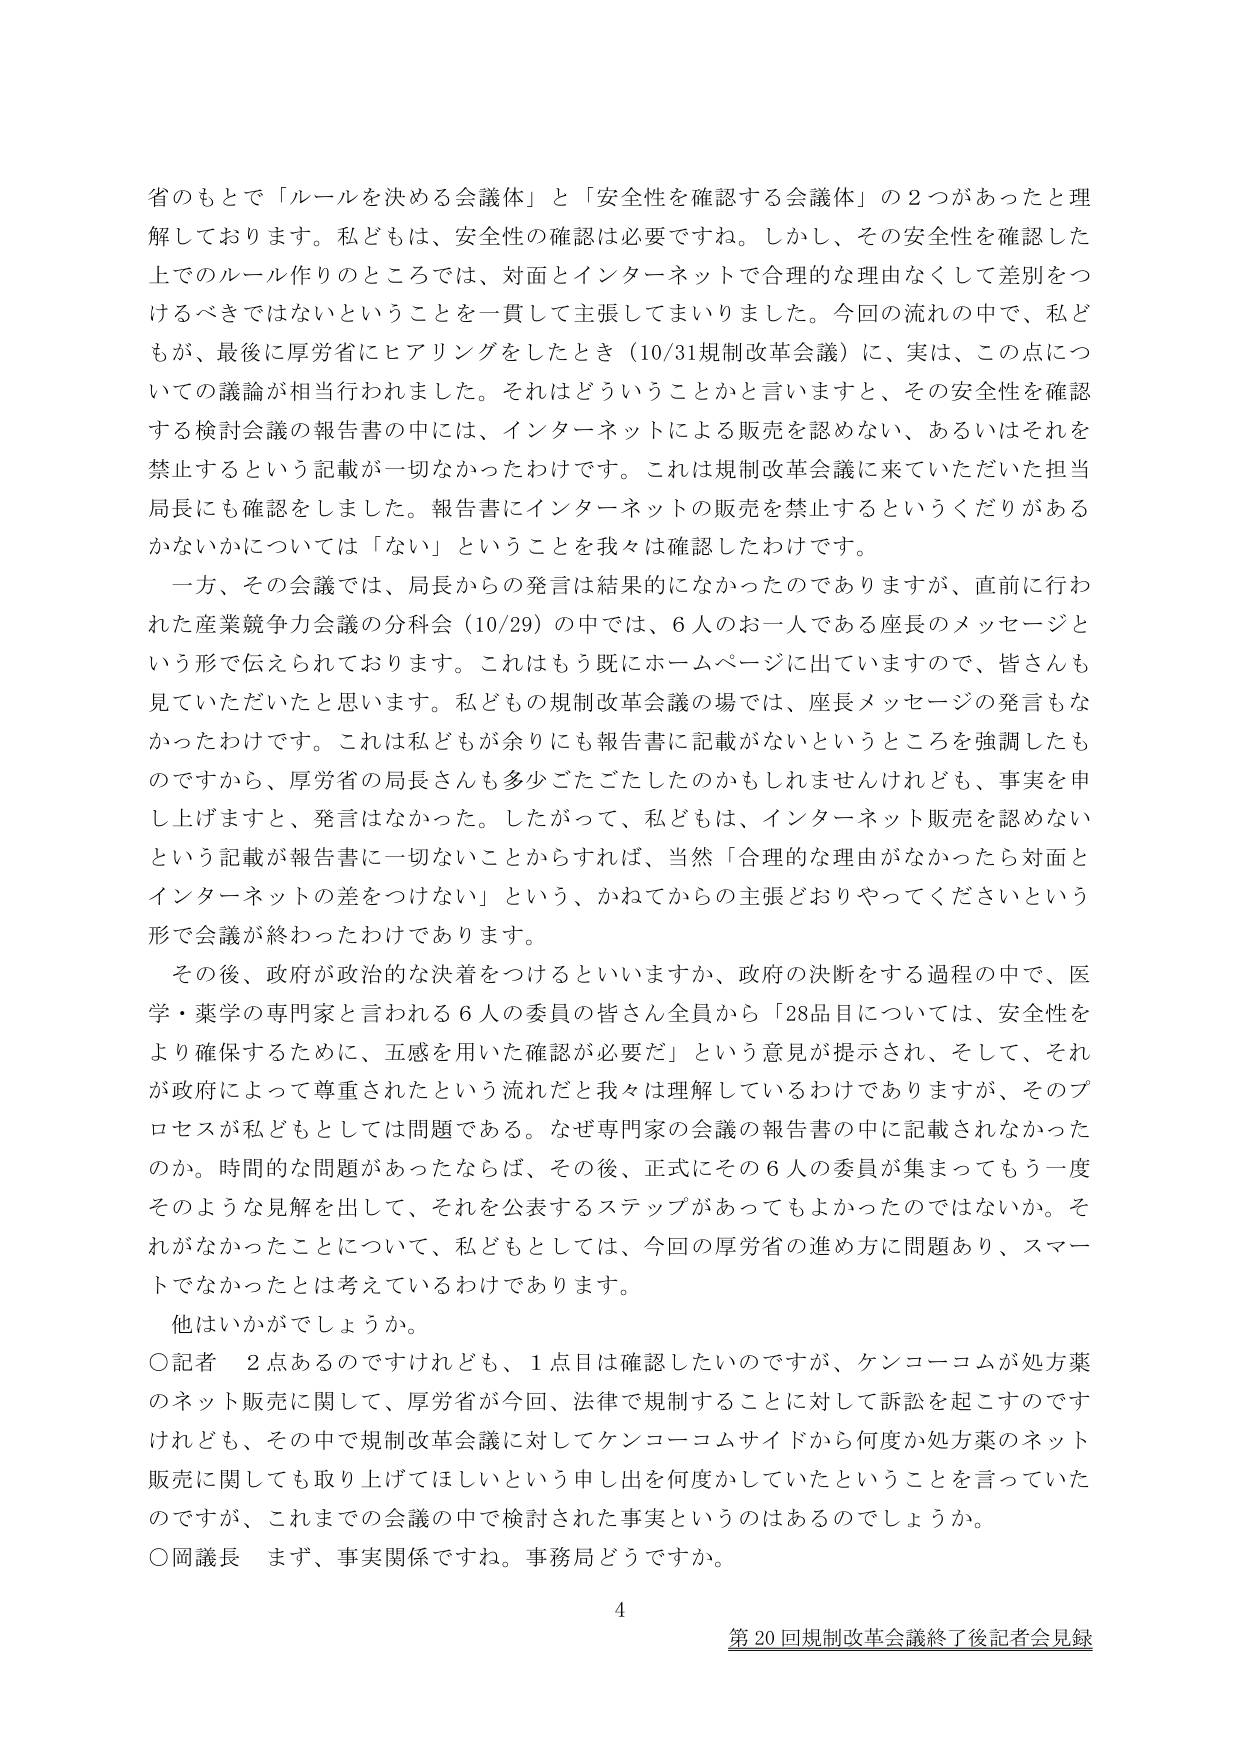
省のもとで「ルールを決める会議体」と「安全性を確認する会議体」の２つがあったと理解しております。私どもは、安全性の確認は必要ですね。しかし、その安全性を確認した上でのルール作りのところでは、対面とインターネットで合理的な理由なくして差別をつけるべきではないということを一貫して主張してまいりました。今回の流れの中で、私どもが、最後に厚労省にヒアリングをしたとき（10/31規制改革会議）に、実は、この点についての議論が相当行われました。それはどういうことかと言いますと、その安全性を確認する検討会議の報告書の中には、インターネットによる販売を認めない、あるいはそれを禁止するという記載が一切なかったわけです。これは規制改革会議に来ていただいた担当局長にも確認をしました。報告書にインターネットの販売を禁止するというくだりがあるかないかについては「ない」ということを我々は確認したわけです。

一方、その会議では、局長からの発言は結果的になかったのでありますが、直前に行われた産業競争力会議の分科会（10/29）の中では、６人のお一人である座長のメッセージという形で伝えられております。これはもう既にホームページに出ていますので、皆さんも見ていただいたと思います。私どもの規制改革会議の場では、座長メッセージの発言もなかったわけです。これは私どもが余りにも報告書に記載がないというところを強調したものですから、厚労省の局長さんも多少ごたごたしたのかもしれませんが、事実を申し上げますと、発言はなかった。したがって、私どもは、インターネット販売を認めないという記載が報告書に一切ないことからすれば、当然「合理的な理由がなかったら対面とインターネットの差をつけない」という、かねてからの主張どおりやってくださいという形で会議が終わったわけであります。

その後、政府が政治的な決着をつけるといいますか、政府の決断をする過程の中で、医学・薬学の専門家と言われる６人の委員の皆さん全員から「28品目については、安全性をより確保するために、五感を用いた確認が必要だ」という意見が提示され、そして、それが政府によって尊重されたという流れだと我々は理解しているわけではありますが、そのプロセスが私どもとしては問題である。なぜ専門家の会議の報告書の中に記載されなかったのか。時間的な問題があったならば、その後、正式にその６人の委員が集まってもう一度そのような見解を出して、それを公表するステップがあってもよかったのではないか。それがなかったことについて、私どもとしては、今回の厚労省の進め方に問題あり、スマートでなかったとは考えているわけです。

他はいかがでしょうか。

〇記者　２点あるのですけれども、１点目は確認したいのですが、ケンコーユムが処方薬のネット販売に関して、厚労省が今回、法律で規制することに対して訴訟を起こすのですけれども、その中で規制改革会議に対してケンコーユムサイドから何度か処方薬のネット販売に関しても取り上げてほしいという申し出を何度かしていたということを言っていたのですが、これまでの会議の中で検討された事実というのはあるのでしょうか。

〇岡議長　まず、事実関係ですね。事務局どうですか。

4

第20回規制改革会議終了後記者会見録